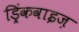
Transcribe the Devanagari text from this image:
ड्रिंकवाइज़